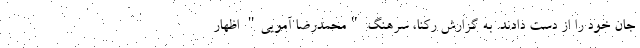
جان خود را از دست دادند. به گزارش رکنا، سرهنگ "محمدرضا آمویی" اظهار